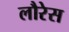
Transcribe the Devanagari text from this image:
लौरेस